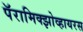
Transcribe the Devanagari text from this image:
पॅरामिक्झोव्हायरस